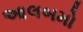
આલબમો